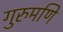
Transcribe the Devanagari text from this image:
गुरुमणि